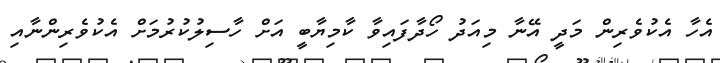
އެހާ އެކުވެރިން މަދީ އޭނާ މިއަދު ހޯދާފައިވާ ކާމިޔާބީ އަށް ހާސިލުކުރުމަށް އެކުވެރިންނާއި